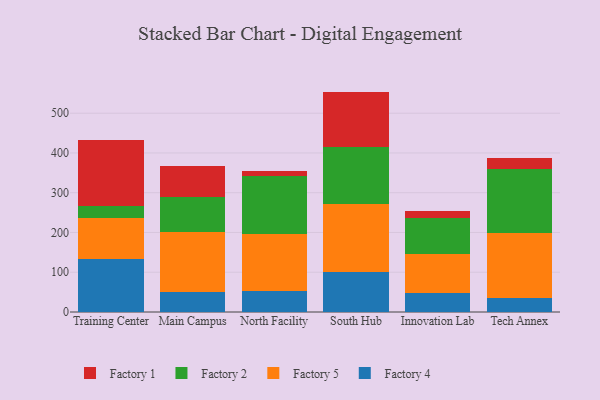
{"axis": {"x": "Campus", "y": "Waste Production (Tons)"}, "legend": ["Factory 1", "Factory 2", "Factory 4", "Factory 5"], "data": [{"x": "Training Center", "y": 133.4, "type": "Factory 4"}, {"x": "Training Center", "y": 102.0, "type": "Factory 5"}, {"x": "Training Center", "y": 30.5, "type": "Factory 2"}, {"x": "Training Center", "y": 167.8, "type": "Factory 1"}, {"x": "Main Campus", "y": 49.9, "type": "Factory 4"}, {"x": "Main Campus", "y": 151.8, "type": "Factory 5"}, {"x": "Main Campus", "y": 87.2, "type": "Factory 2"}, {"x": "Main Campus", "y": 79.4, "type": "Factory 1"}, {"x": "North Facility", "y": 53.0, "type": "Factory 4"}, {"x": "North Facility", "y": 142.4, "type": "Factory 5"}, {"x": "North Facility", "y": 146.0, "type": "Factory 2"}, {"x": "North Facility", "y": 13.7, "type": "Factory 1"}, {"x": "South Hub", "y": 101.6, "type": "Factory 4"}, {"x": "South Hub", "y": 170.5, "type": "Factory 5"}, {"x": "South Hub", "y": 142.7, "type": "Factory 2"}, {"x": "South Hub", "y": 139.5, "type": "Factory 1"}, {"x": "Innovation Lab", "y": 49.0, "type": "Factory 4"}, {"x": "Innovation Lab", "y": 97.7, "type": "Factory 5"}, {"x": "Innovation Lab", "y": 88.8, "type": "Factory 2"}, {"x": "Innovation Lab", "y": 18.1, "type": "Factory 1"}, {"x": "Tech Annex", "y": 34.2, "type": "Factory 4"}, {"x": "Tech Annex", "y": 163.7, "type": "Factory 5"}, {"x": "Tech Annex", "y": 162.6, "type": "Factory 2"}, {"x": "Tech Annex", "y": 25.8, "type": "Factory 1"}]}